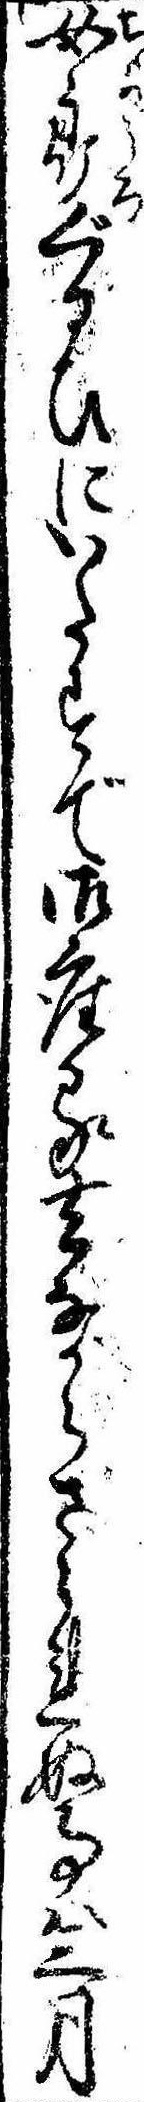
女郎ぐるひにいたすで御座る去ながらさられぬ事は三月